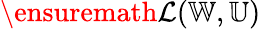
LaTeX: \ensuremath{\mathcal{L}}(\mathbb{W},\mathbb{U})